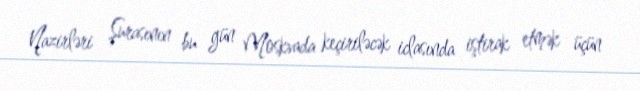
Nazirləri Şurasının bu gün Moskvada keçiriləcək iclasında iştirak etmək üçün